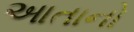
આતાનો